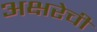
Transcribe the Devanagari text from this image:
अक्षरेची